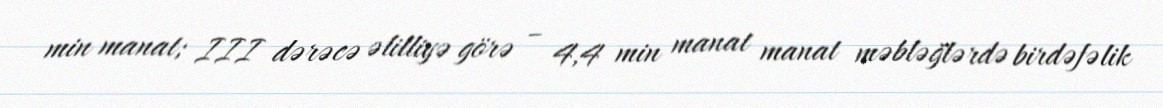
min manat; III dərəcə əlilliyə görə – 4,4 min manat manat məbləğlərdə birdəfəlik